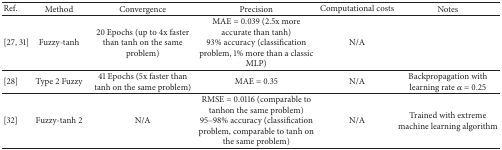
<table><thead><tr><td><b>Ref.</b></td><td><b>Method</b></td><td><b>Convergence</b></td><td><b>Precision</b></td><td><b>Computational costs</b></td><td><b>Notes</b></td></tr></thead><tbody><tr><td>[27, 31]</td><td>Fuzzy-tanh</td><td>20 Epochs (up to 4x faster than tanh on the same problem)</td><td>MAE = 0.039 (2.5x more accurate than tanh)93% accuracy (classification problem, 1% more than a classic MLP)</td><td>N/A</td><td> </td></tr><tr><td>[28]</td><td>Type 2 Fuzzy</td><td>41 Epochs (5x faster than tanh on the same problem)</td><td>MAE = 0.35</td><td>N/A</td><td>Backpropagation with learning rate <i>α</i> = 0.25</td></tr><tr><td>[32]</td><td>Fuzzy-tanh 2</td><td>N/A</td><td>RMSE = 0.0116 (comparable to tanhon the same problem)95–98% accuracy (classification problem, comparable to tanh on the same problem)</td><td>N/A</td><td>Trained with extreme machine learning algorithm</td></tr></tbody></table>